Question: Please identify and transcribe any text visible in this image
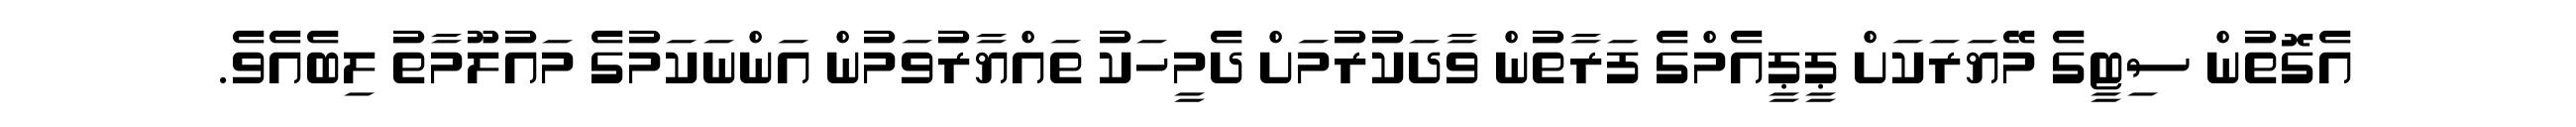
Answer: އެގޮތުން ސިޓީގެ މޭޔަރަކަށް ޕީޕީއެމްގެ ފަރާތުން ވާދަކުރުމަށް ދެމީހަކު ތައްޔާރުވަމުން އަންނަކަމުގެ މައުލޫމާތު ލިބެއެވެ.